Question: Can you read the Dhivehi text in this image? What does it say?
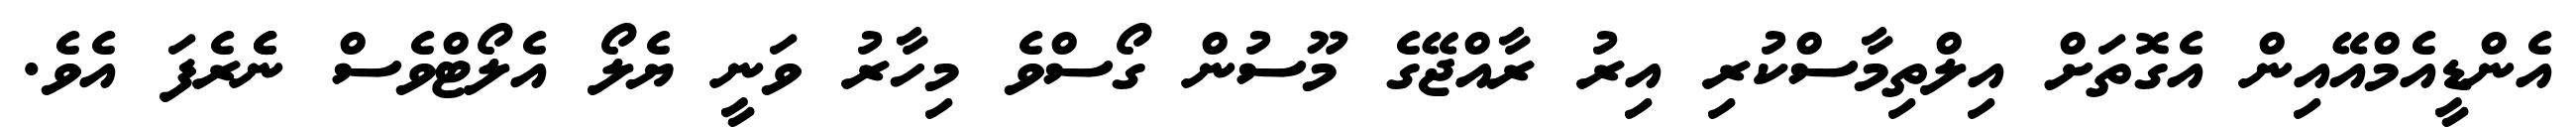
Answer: އެންޑީއެމްއޭއިން އެގޮތަށް އިލްތިމާސްކުރި އިރު ރާއްޖޭގެ މޫސުން ގޯސްވެ މިހާރު ވަނީ ޔެލޯ އެލޯޓްވެސް ނެެރެފަ އެވެ.